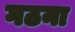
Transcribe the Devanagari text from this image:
गठना